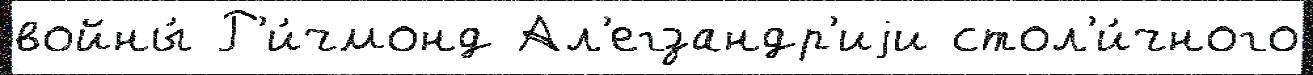
войны́ Р'и́чмонд Ал'егзандр'иjи стол'и́чного